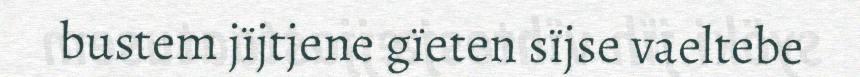
bustem jïjtjene gïeten sïjse vaeltebe